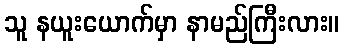
သူ နယူးယောက်မှာ နာမည်ကြီးလား။